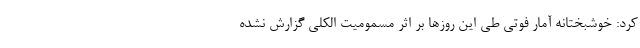
کرد: خوشبختانه آمار فوتی طی این روزها بر اثر مسمومیت الکلی گزارش نشده